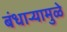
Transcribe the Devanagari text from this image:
बंधाऱ्यामुळे